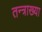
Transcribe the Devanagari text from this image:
तन्त्राख्या